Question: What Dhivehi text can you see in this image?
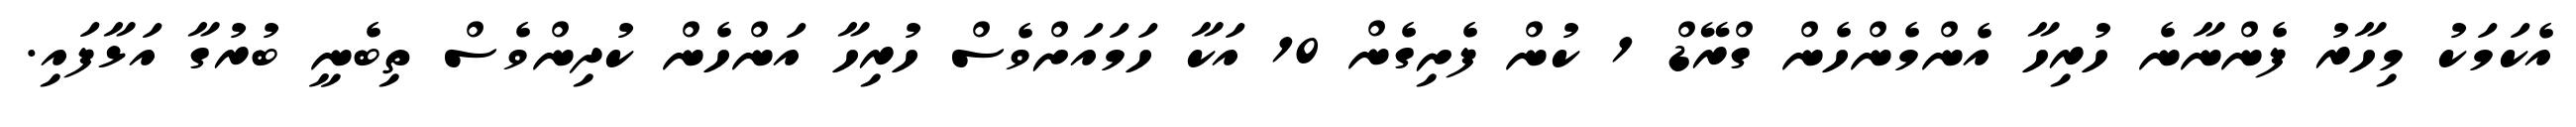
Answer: އެކަމަކު މިހާރު ފެންނާނެ ހުރިހާ އެންމެންހެން ގްރޭޑް 1 ކުން ފެށިގެން 10 އަކާ ހަމައަށްވެސް ހުރިހާ އަންހެން ކުދިންވެސް ތިބެނީ ބުރުގާ އަޅާފައި.